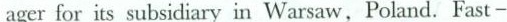
ager for its subsidiary in Warsaw,Poland. Fast -